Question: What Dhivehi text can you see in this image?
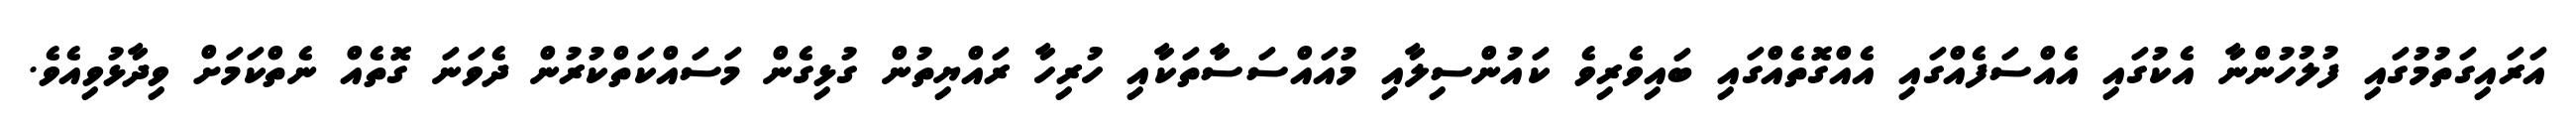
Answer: އަރައިގަތުމުގައި ފުލުހުންނާ އެކުގައި އެއްސަފެއްގައި އެއްގޮތެއްގައި ބައިވެރިވެ ކައުންސިލާއި މުއައްސަސާތަކާއި ހުރިހާ ރައްޔިތުން ގުޅިގެން މަސައްކަތްކުރުން ދެވަނަ ގޮތެއް ނެތްކަމަށް ވިދާޅުވިއެވެ.